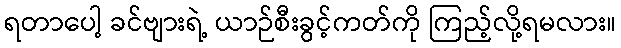
ရတာပေါ့ ခင်ဗျားရဲ့ ယာဉ်စီးခွင့်ကတ်ကို ကြည့်လို့ရမလား။